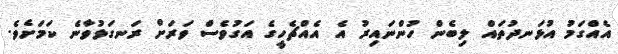
އެއްގަމު އުޅަނދުތައް ލިބެން ހުންނައިރު އެ އެއްޗެހީގެ އަގުވެސް ވަރަށް ރަނގަޅުވާނެ ކަމަށެވެ.